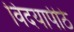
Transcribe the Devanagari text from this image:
विदयापीठे